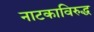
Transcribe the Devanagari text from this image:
नाटकाविरुद्ध